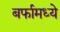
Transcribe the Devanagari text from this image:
बर्फामध्ये